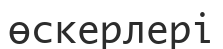
өскерлері